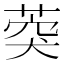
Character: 葖